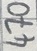
Text: 470